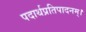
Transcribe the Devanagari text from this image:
पदार्थप्रतिपादनम्।